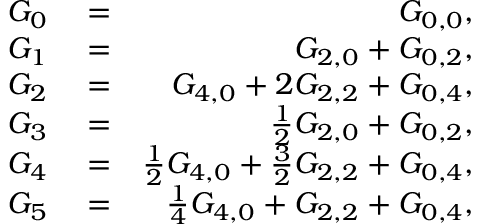
\begin{array} { r l r } { G _ { 0 } } & { { } = } & { G _ { 0 , 0 } , } \\ { G _ { 1 } } & { { } = } & { G _ { 2 , 0 } + G _ { 0 , 2 } , } \\ { G _ { 2 } } & { { } = } & { G _ { 4 , 0 } + 2 G _ { 2 , 2 } + G _ { 0 , 4 } , } \\ { G _ { 3 } } & { { } = } & { \frac { 1 } { 2 } G _ { 2 , 0 } + G _ { 0 , 2 } , } \\ { G _ { 4 } } & { { } = } & { \frac { 1 } { 2 } G _ { 4 , 0 } + \frac { 3 } { 2 } G _ { 2 , 2 } + G _ { 0 , 4 } , } \\ { G _ { 5 } } & { { } = } & { \frac { 1 } { 4 } G _ { 4 , 0 } + G _ { 2 , 2 } + G _ { 0 , 4 } , } \end{array}